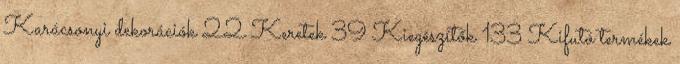
Karácsonyi dekorációk 22 Keretek 39 Kiegészítők 133 Kifutó termékek